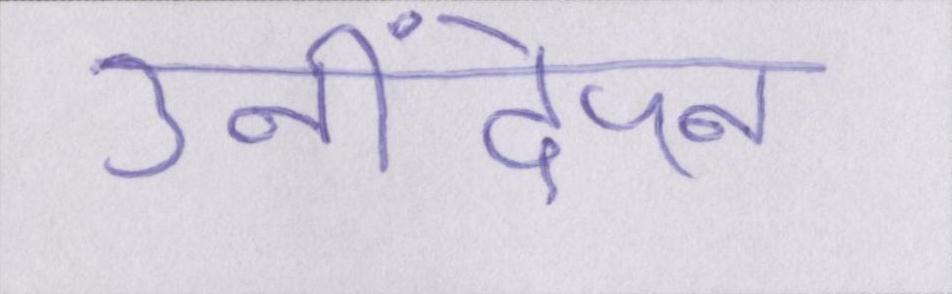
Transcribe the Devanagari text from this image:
उनींदेपन